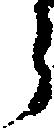
郎